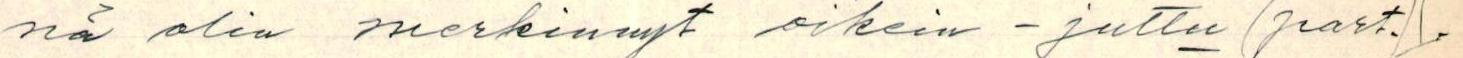
nä olin merkinnyt oikein -juttu (part.//.